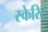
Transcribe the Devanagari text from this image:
स्केरिट